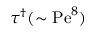
\tau ^ { \dagger } ( \sim \mathrm { P e } ^ { 8 } )